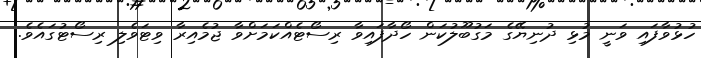
ހުޅުވާފައި ވަނީ މުޅި ދުނިޔޭގެ މަގުބޫލުކަން ހޯދާފައިވާ ރިސޯޓެއްކަމަށްވާ ޖުމެއިރާ ވިޓަވެލި ރިސޯޓުގައެވެ.